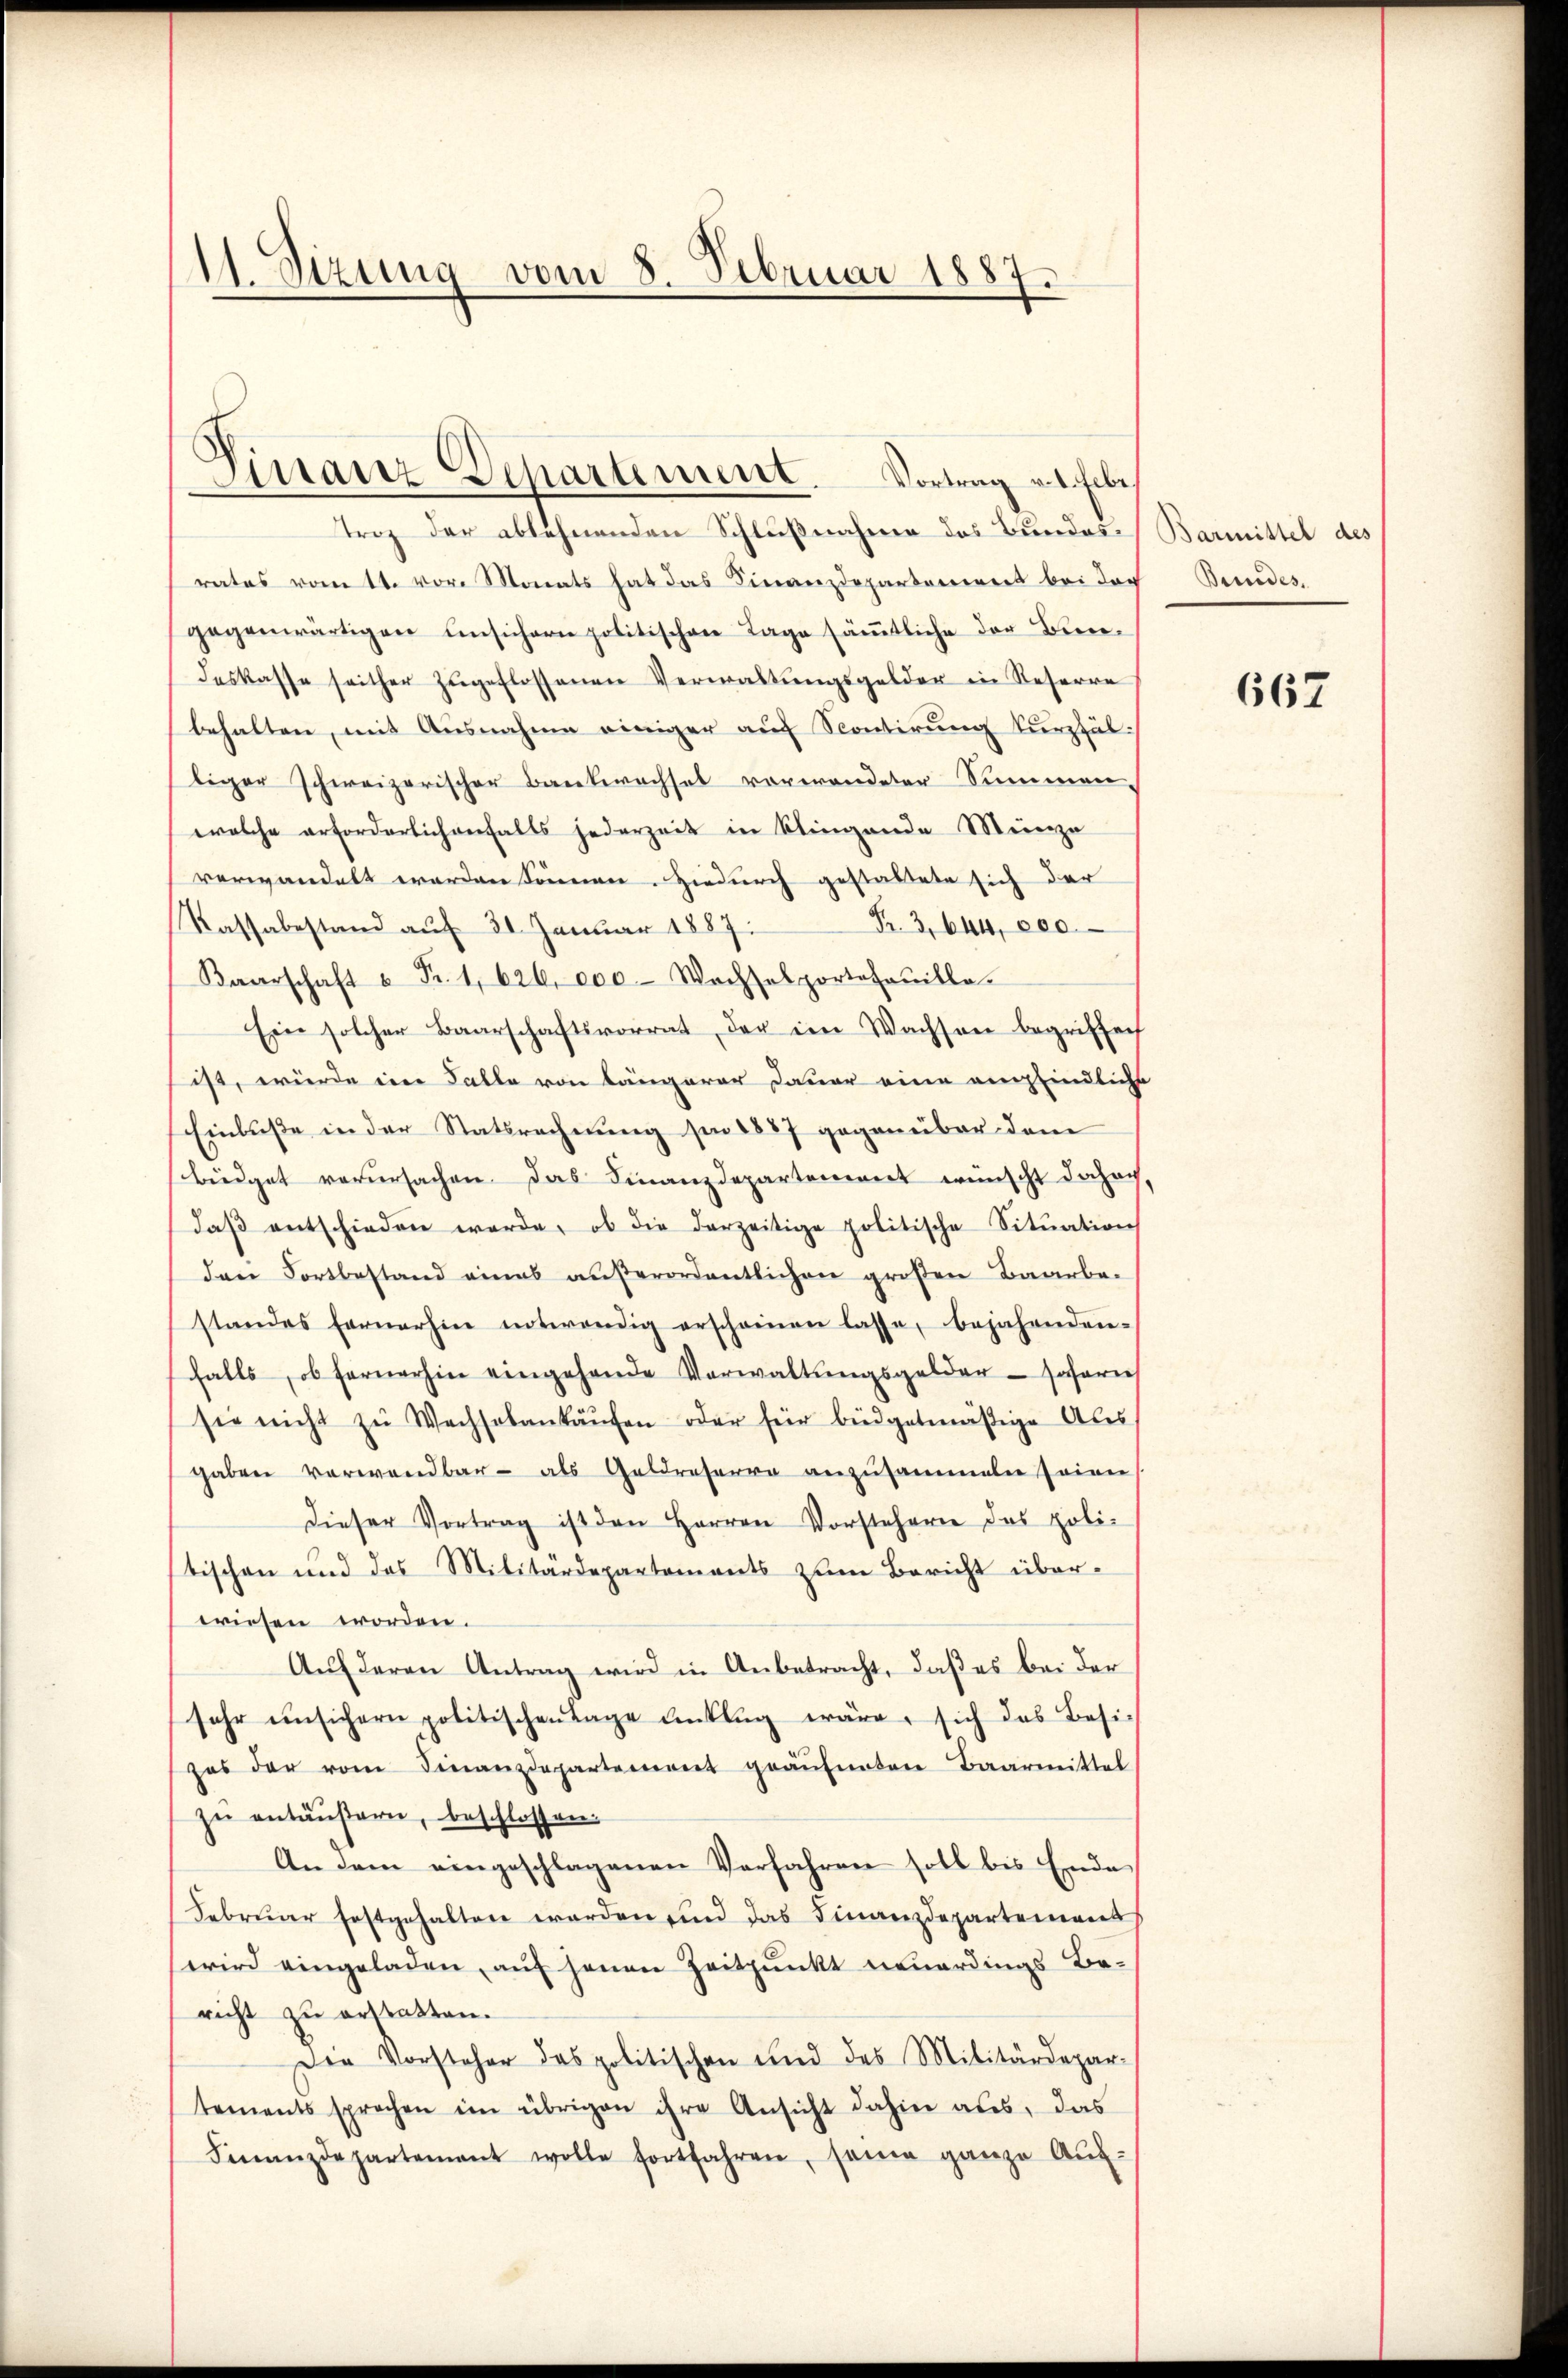
11. Sizung vom 8. Februar 1887.

Finanz Departement. Vortrag v. 4. Febr.

Trog der ablehnenden Schlußnahme des Bundesrates vom tt. vor Monats hat das Finanzdepartenwert bei der
gegenwärtigen unsichern politischen Lage sämmtliche der Bundeskasse seither zŭgeflossenen Verwaltŭngsgelder in Reserre
behalten, mit Ausnahme einiger auf Scontirung kurzfäl
liger schweizerischer Bankwachsel verwandeter Summenwelche erforderlichenfalls jederzeit in klingende Meinze
verwandelt worden können. Hiedurch gestaltete sich der
Fr. 3,644, 200
Kassabestand auf 30 Januar 1887.
Baarschaft u. Fr. 1, 626, eo0 Wachselportofouilla-
Ein solcher Baarschaftsvorrat der im Wachsen begriffech
ist, würde im Falle von längerer Dauer eine empfindliche
Einbuße in der Statsrechnung sie 1887 gegenüber dem
büdget verursachen. Das Finanzdepartement wünscht Jahoch,
daβ entschieden werde, ob die derzeitige politische Sitŭation
den Fortbestand eines außerordentlichen großen Baarbe-
standes fernerhin notwendig erscheinen lasse, bejahenden-
falls, ob fernerhin eingehende Verwaltŭngsgelder - soferne
sie nicht zŭ Wechselankaŭfen oder für büdgetmäßige Ales
gaben verwandbar - als Geldreserra anzusammelen seien
dieser Vortrag ist den Herren Vorstehern das poli-
tischen und des Militärdepartements zŭm Bericht über-
wiesen worden.
Auf deren Antrag wird in Anbetracht, daß es bei der
sehr unsichern politischen Tage anklŭg wäre, sich das Besi-
zes der vom Finanzdepartement geäufnetere Baarmittel
zŭ entäußern, beschlossen:
An dem eingeschlagenen Verfahren soll bis Ende
Februar festgehalten werden sind das Finanzdepartement
wird eingeladen, auf jenen Zeitpunkt neuerdings Be-
richt zu erstatten.
Die Vorsteher des politischen und des Militärdepar-
tements sprechen im übrigen ihre Ansicht dahin aus, das
Finanzdepartement wolle fortfahren, seine ganze Aŭf-

Barmittel des
Bundes.

667